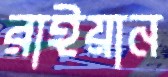
রাইয়ান